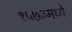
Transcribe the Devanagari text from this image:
१५७३मध्ये